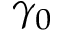
\gamma _ { 0 }